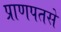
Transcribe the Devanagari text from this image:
प्राणपतसे